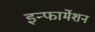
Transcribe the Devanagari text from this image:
इन्‍फार्मेशन